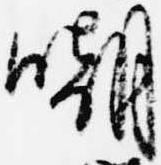
嘲